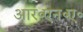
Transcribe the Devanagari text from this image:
आर॰एन॰ए॰